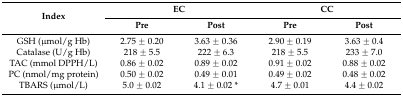
<table><thead><tr><td rowspan="2"><b>Index</b></td><td colspan="2"><b>EC</b></td><td colspan="2"><b>CC</b></td></tr><tr><td><b>Pre</b></td><td><b>Post</b></td><td><b>Pre</b></td><td><b>Post</b></td></tr></thead><tbody><tr><td>GSH (μmol/g Hb)</td><td>2.75 ± 0.20</td><td>3.63 ± 0.36</td><td>2.90 ± 0.19</td><td>3.63 ± 0.4</td></tr><tr><td>Catalase (U/g Hb)</td><td>218 ± 5.5</td><td>222 ± 6.3</td><td>218 ± 5.5</td><td>233 ± 7.0</td></tr><tr><td>TAC (mmol DPPH/L)</td><td>0.86 ± 0.02</td><td>0.89 ± 0.02</td><td>0.91 ± 0.02</td><td>0.88 ± 0.02</td></tr><tr><td>PC (nmol/mg protein)</td><td>0.50 ± 0.02</td><td>0.49 ± 0.01</td><td>0.49 ± 0.02</td><td>0.48 ± 0.02</td></tr><tr><td>TBARS (μmol/L)</td><td>5.0 ± 0.02</td><td>4.1 ± 0.02 *</td><td>4.7 ± 0.01</td><td>4.4 ± 0.02</td></tr></tbody></table>